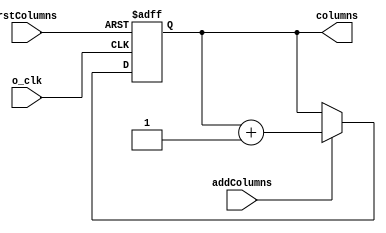
module AccColumns(
  input o_clk,
  input addColumns,
  input rstColumns,
  output reg [7:0] columns);

  always @(posedge o_clk or posedge rstColumns) begin
    if (rstColumns)
      columns <= 8'b00000000;
    else if (addColumns)
      columns <= columns + 1;
  end
endmodule